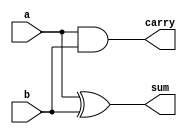
// Code your design here
module half_addr(a,b,sum,carry);
  input a,b;
  output reg sum,carry;
  
  always@(*)
    begin
      
      sum   = a ^ b;
      carry = a & b;
      
    end
endmodule